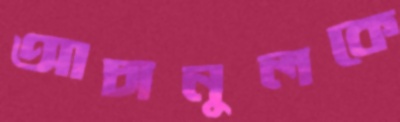
আচানুলকে